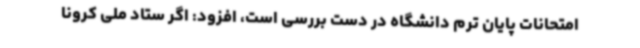
امتحانات پایان ترم دانشگاه در دست بررسی است، افزود: اگر ستاد ملی کرونا